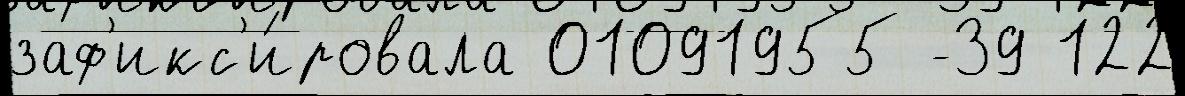
заф'икс'и́ровала 01091955 -39 122